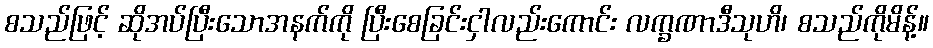
စသည်ဖြင့် ဆိုအပ်ပြီးသောအနက်ကို ပြီးစေခြင်းငှါလည်းကောင်း လက္ခဏာဒီသုဟိ၊ စသည်ကိုမိန့်။